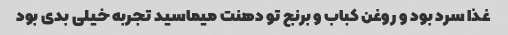
غذا سرد بود و روغن کباب و برنج تو دهنت میماسید تجربه خیلی بدی بود